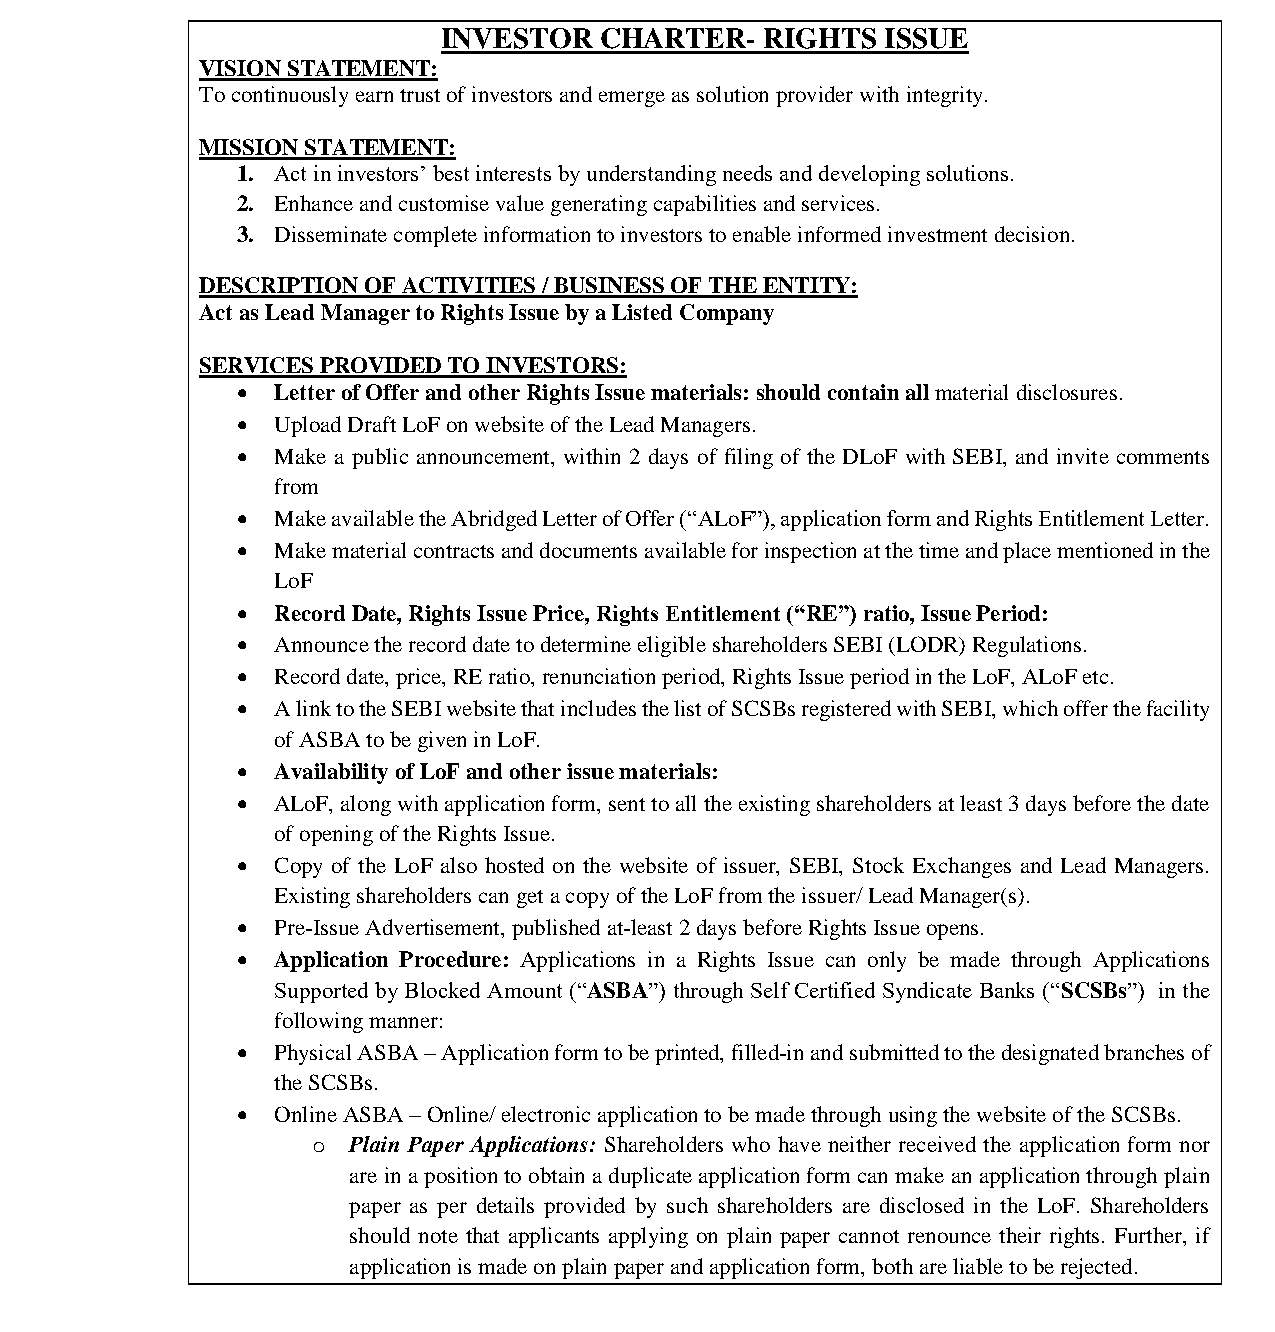
भारतीयप्रततभूततऔरवितिमयबोर्ड
 Securities and Exchange Board of India
 INVESTOR   CHARTER-   RIGHTS  ISSUE
 VISION STATEMENT:
 To continuously earn trust of investors and emerge as solution provider with integrity.
 MISSION STATEMENT:
 1. Act in investors’ best interests by understanding needs and developing solutions.
 2. Enhance and customise value generating capabilities and services.
 3. Disseminate complete information to investors to enable informed investment decision.
 DESCRIPTION OF ACTIVITIES / BUSINESS OF THE ENTITY:
 Act as Lead Manager to Rights Issue by a Listed Company
 SERVICES PROVIDED TO INVESTORS:
  Letter of Offer and other Rights Issue materials: should contain all material disclosures.
  Upload Draft LoF on website of the Lead Managers.
  Make a public announcement, within 2 days of filing of the DLoF with SEBI, and invite comments
 from
  Make available the Abridged Letter of Offer (“ALoF”), application form and Rights Entitlement Letter.
  Make material contracts and documents available for inspection at the time and place mentioned in the
 LoF
  Record Date, Rights Issue Price, Rights Entitlement (“RE”) ratio, Issue Period:
  Announce the record date to determine eligible shareholders SEBI (LODR) Regulations.
  Record date, price, RE ratio, renunciation period, Rights Issue period in the LoF, ALoF etc.
  A link to the SEBI website that includes the list of SCSBs registered with SEBI, which offer the facility
 of ASBA to be given in LoF.
  Availability of LoF and other issue materials:
  ALoF, along with application form, sent to all the existing shareholders at least 3 days before the date
 of opening of the Rights Issue.
  Copy of the LoF also hosted on the website of issuer, SEBI, Stock Exchanges and Lead Managers.
 Existing shareholders can get a copy of the LoF from the issuer/ Lead Manager(s).
  Pre-Issue Advertisement, published at-least 2 days before Rights Issue opens.
  Application Procedure: Applications in a Rights Issue can only be made through Applications
 Supported by Blocked Amount (“ASBA”) through Self Certified Syndicate Banks (“SCSBs”) in the
 following manner:
  Physical ASBA – Application form to be printed, filled-in and submitted to the designated branches of
 the SCSBs.
  Online ASBA – Online/ electronic application to be made through using the website of the SCSBs.
 o Plain Paper Applications: Shareholders who have neither received the application form nor
 are in a position to obtain a duplicate application form can make an application through plain
 paper as per details provided by such shareholders are disclosed in the LoF. Shareholders
 should note that applicants applying on plain paper cannot renounce their rights. Further, if
 application is made on plain paper and application form, both are liable to be rejected.
 Page 9 of 52